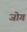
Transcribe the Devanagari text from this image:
जोगं